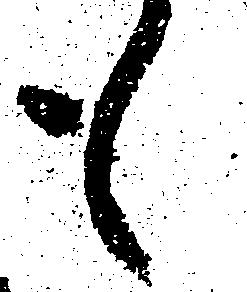
も